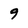
Character: 9